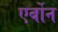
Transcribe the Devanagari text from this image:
एर्बोन